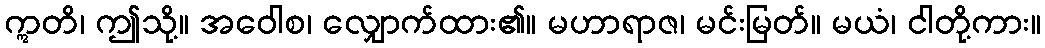
ဣတိ၊ ဤသို့။ အဝေါစ၊ လျှောက်ထား၏။ မဟာရာဇ၊ မင်းမြတ်။ မယံ၊ ငါတို့ကား။